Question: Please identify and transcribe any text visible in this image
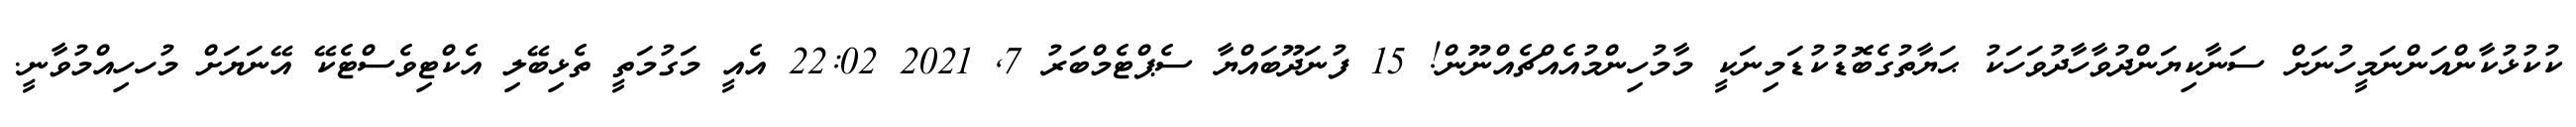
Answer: ކުކުޅުކާންއަންނަމީހުނަށް ސަނާކިޔަންދުވާހާދުވަހަކު ޙަޔާތުގެބޮޑުކުޑަމިނަކީ މާމުހިންމުއެއްޗެއްނޫން! 15 ފުނަދޫބައްޔާ ސެޕްޓެމްބަރު 7, 2021 22:02 އެއީ މަގުމަތީ ތެޅިބޭލި އެކްޓިވެސްޓެކޭ އޭނަޔަށް މުހހިއްމުވާނީ.